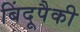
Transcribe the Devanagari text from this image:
बिंदूपैकी